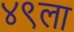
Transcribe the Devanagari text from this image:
४९ला